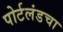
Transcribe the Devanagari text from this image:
पोर्टलंडचा